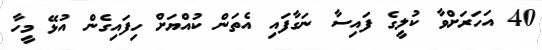
40 އަހަރަށްވާ ކުލީގެ ފައިސާ ނަގާފައި އެތަން ކުއްޔަށް ހިފައިގެން އުޅޭ މީހާ